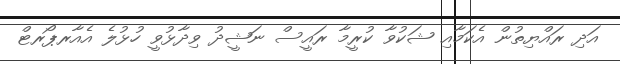
އަދި ރައްޔިތުން އެކަމާއި ޝަކުވާ ކުރީމާ ރައީސް ނަޝީދު ވިދާޅުވީ ހުޅުލެ އެއާރޕޯރޓް